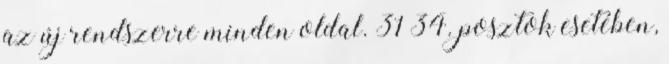
az új rendszerre minden oldal. 31 34. posztok esetében,